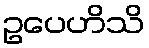
ဥပေဟိသိ